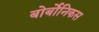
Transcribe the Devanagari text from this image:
बोर्बोनिकस